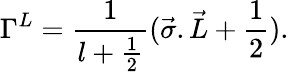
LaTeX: {\Gamma}^{L}={\frac{1}{l+\frac{1}{2}}}({\vec{\sigma}.\vec{L}}+\frac{1}{2}).